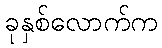
ခုနှစ်လောက်က